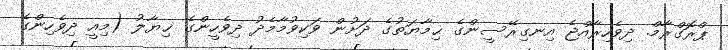
ޕްރޮގްރާމް. ދިވެހިރާއްޖެ އިނގިރޭސީންގެ ޙިމާޔަތުގެ ދަށުން ވަކިވުމާމެދު ދިވެހީންގެ ޚިޔާލު (މިއީ ދިވެހިންގެ